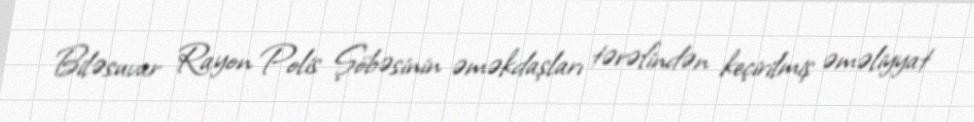
Biləsuvar Rayon Polis Şöbəsinin əməkdaşları tərəfindən keçirilmiş əməliyyat